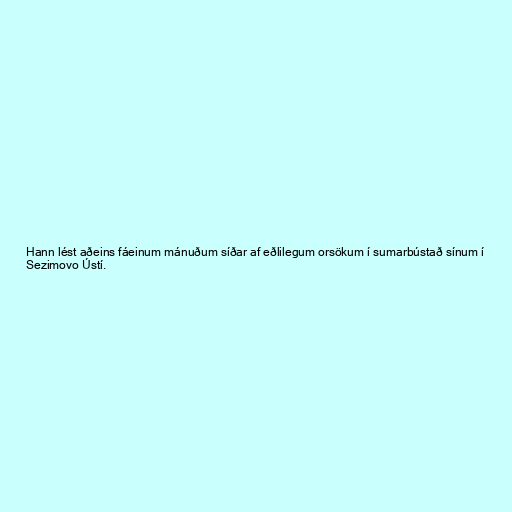
Hann lést aðeins fáeinum mánuðum síðar af eðlilegum orsökum í sumarbústað sínum í
Sezimovo Ústí.